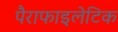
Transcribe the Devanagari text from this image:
पैराफाइलेटिक